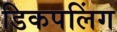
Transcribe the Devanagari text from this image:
डिकपलिंग